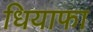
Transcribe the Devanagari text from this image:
धियाफा